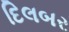
દિલબર